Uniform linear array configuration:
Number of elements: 4
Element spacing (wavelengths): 0.75
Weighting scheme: uniform
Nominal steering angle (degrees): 0
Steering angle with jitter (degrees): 1.983
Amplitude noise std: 0.05
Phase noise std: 0.05

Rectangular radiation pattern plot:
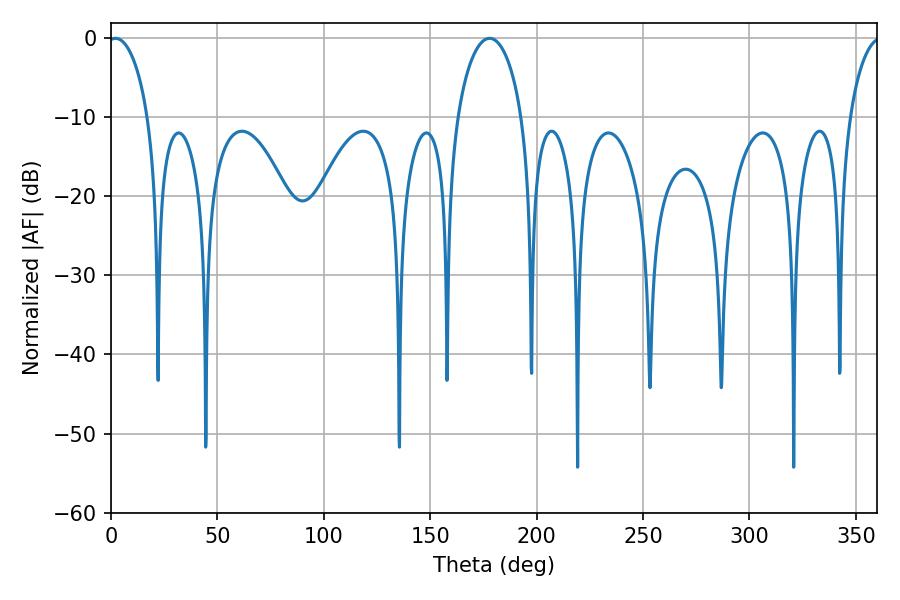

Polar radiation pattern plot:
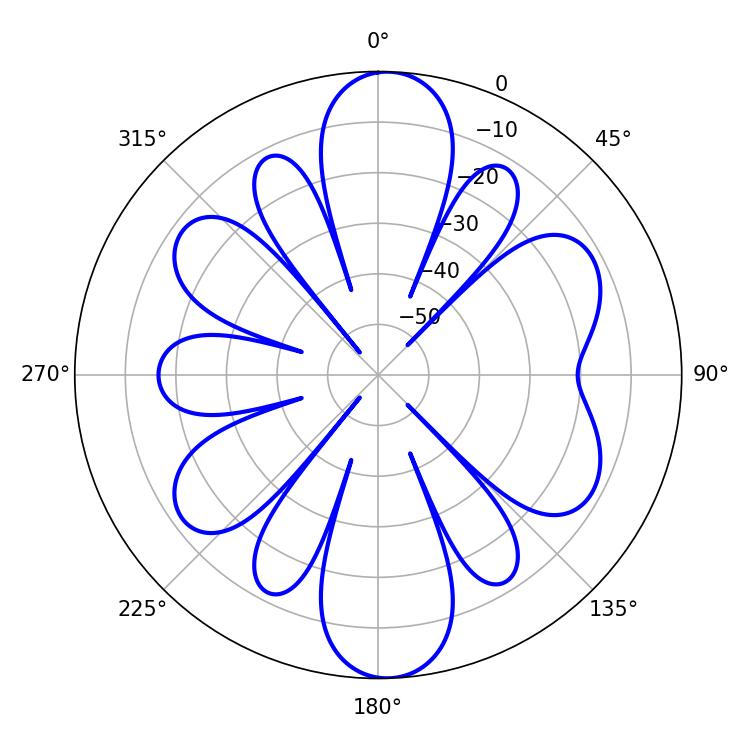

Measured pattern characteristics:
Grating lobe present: TRUE
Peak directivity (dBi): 17.405
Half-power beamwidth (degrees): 10.8
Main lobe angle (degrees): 2.16